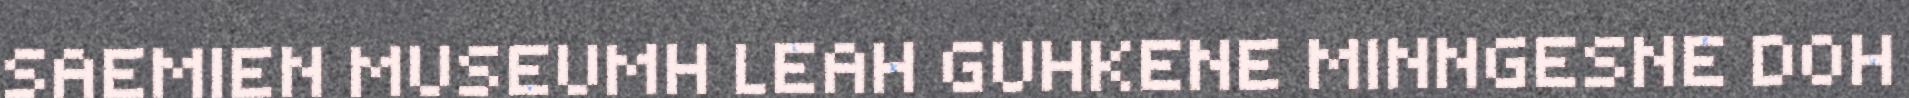
SAEMIEN MUSEUMH LEAH GUHKENE MINNGESNE DOH